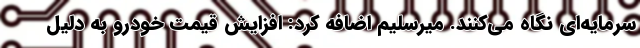
سرمایه‌ای نگاه می‌کنند. میرسلیم اضافه کرد: افزایش قیمت خودرو به دلیل